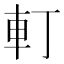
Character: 𨊡